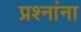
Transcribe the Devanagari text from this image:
प्रश्‍नांना